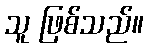
သူ ဖြစ်သည်။